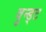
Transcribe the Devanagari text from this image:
वुन्ड्ट